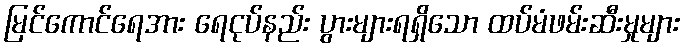
မြင်ကောင်ရေအား ရေငုပ်နည်း ပွားများရရှိသော ထပ်မံဖမ်းဆီးမှုများ